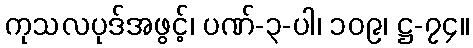
ကုသလပုဒ်အဖွင့်၊ ပဏ်-၃-ပါ၊ ၁၀၉၊ ဋ္ဌ-၇၄။